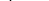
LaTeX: \smash{\sqrt{X}}